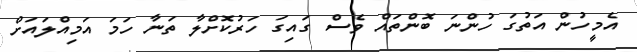
އެމީހުން އަތުގަ ހުންނަ ބޮންތައް ވެސް ގައިގަ ހަރުކޮށްލާ ތަނާ ހަމަ އަމިއްލައަށް